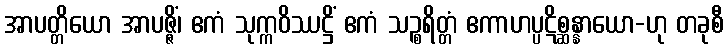
အာပတ္တိယော အာပဇ္ဇိံ၊ ဧကံ သုက္ကဝိဿဋ္ဌိံ ဧကံ သဉ္စရိတ္တံ ဧကာဟပ္ပဋိစ္ဆန္နာယော-ဟု တခုစီ